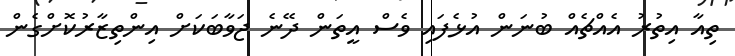
ތިއާ އިތުރު އެއްޗެއް ބުނަން އުޅެފައި ވެސް އީތަން ދޭނެ ޖަވާބަކަށް އިންތިޒާރުކޮށްގެން